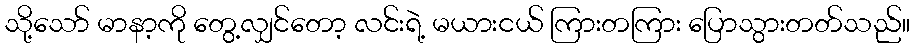
သို့သော် မာနာ့ကို တွေ့လျှင်တော့ လင်းရဲ့ မယားငယ် ကြားတကြား ပြောသွားတတ်သည်။